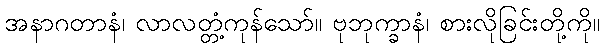
အနာဂတာနံ၊ လာလတ္တံ့ကုန်သော်။ ဗုဘုက္ခာနံ၊ စားလိုခြင်းတို့ကို။